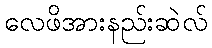
လေဖိအားနည်းဆဲလ်